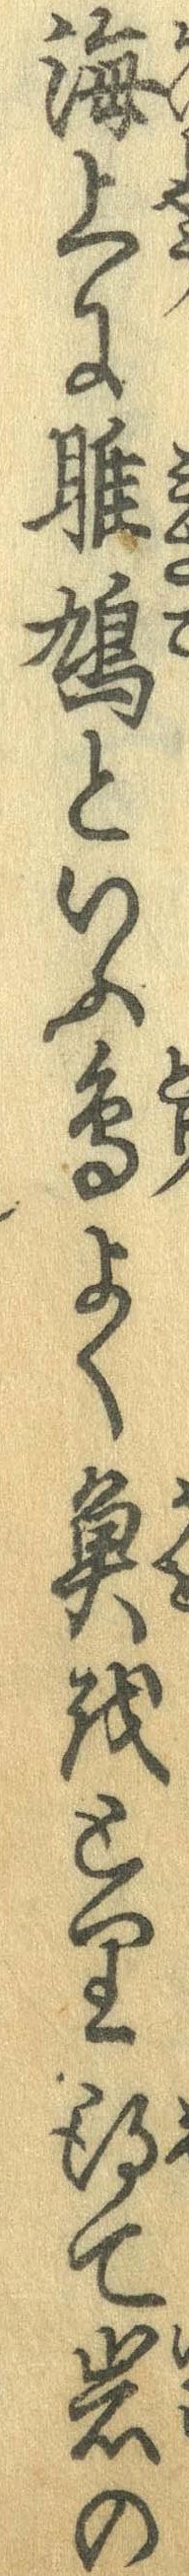
海上に雎鳩といふ鳥よく魚をとり得て岩の